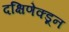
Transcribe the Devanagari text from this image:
दक्षिणेक्डून